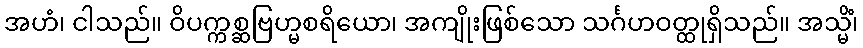
အဟံ၊ ငါသည်။ ဝိပက္ကစ္ဆဗြဟ္မစရိယော၊ အကျိုးဖြစ်သော သင်္ဂဟဝတ္ထုရှိသည်။ အသ္မိံ၊